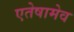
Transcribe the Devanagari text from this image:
एतेषामेव